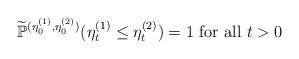
LaTeX: \begin{align*}\widetilde{\mathbb{P}}^{(\eta^{(1)}_0,\eta^{(2)}_0)} ( \eta^{(1)}_t \leq \eta^{(2)}_t ) = 1 \mbox{ for all } t > 0\end{align*}